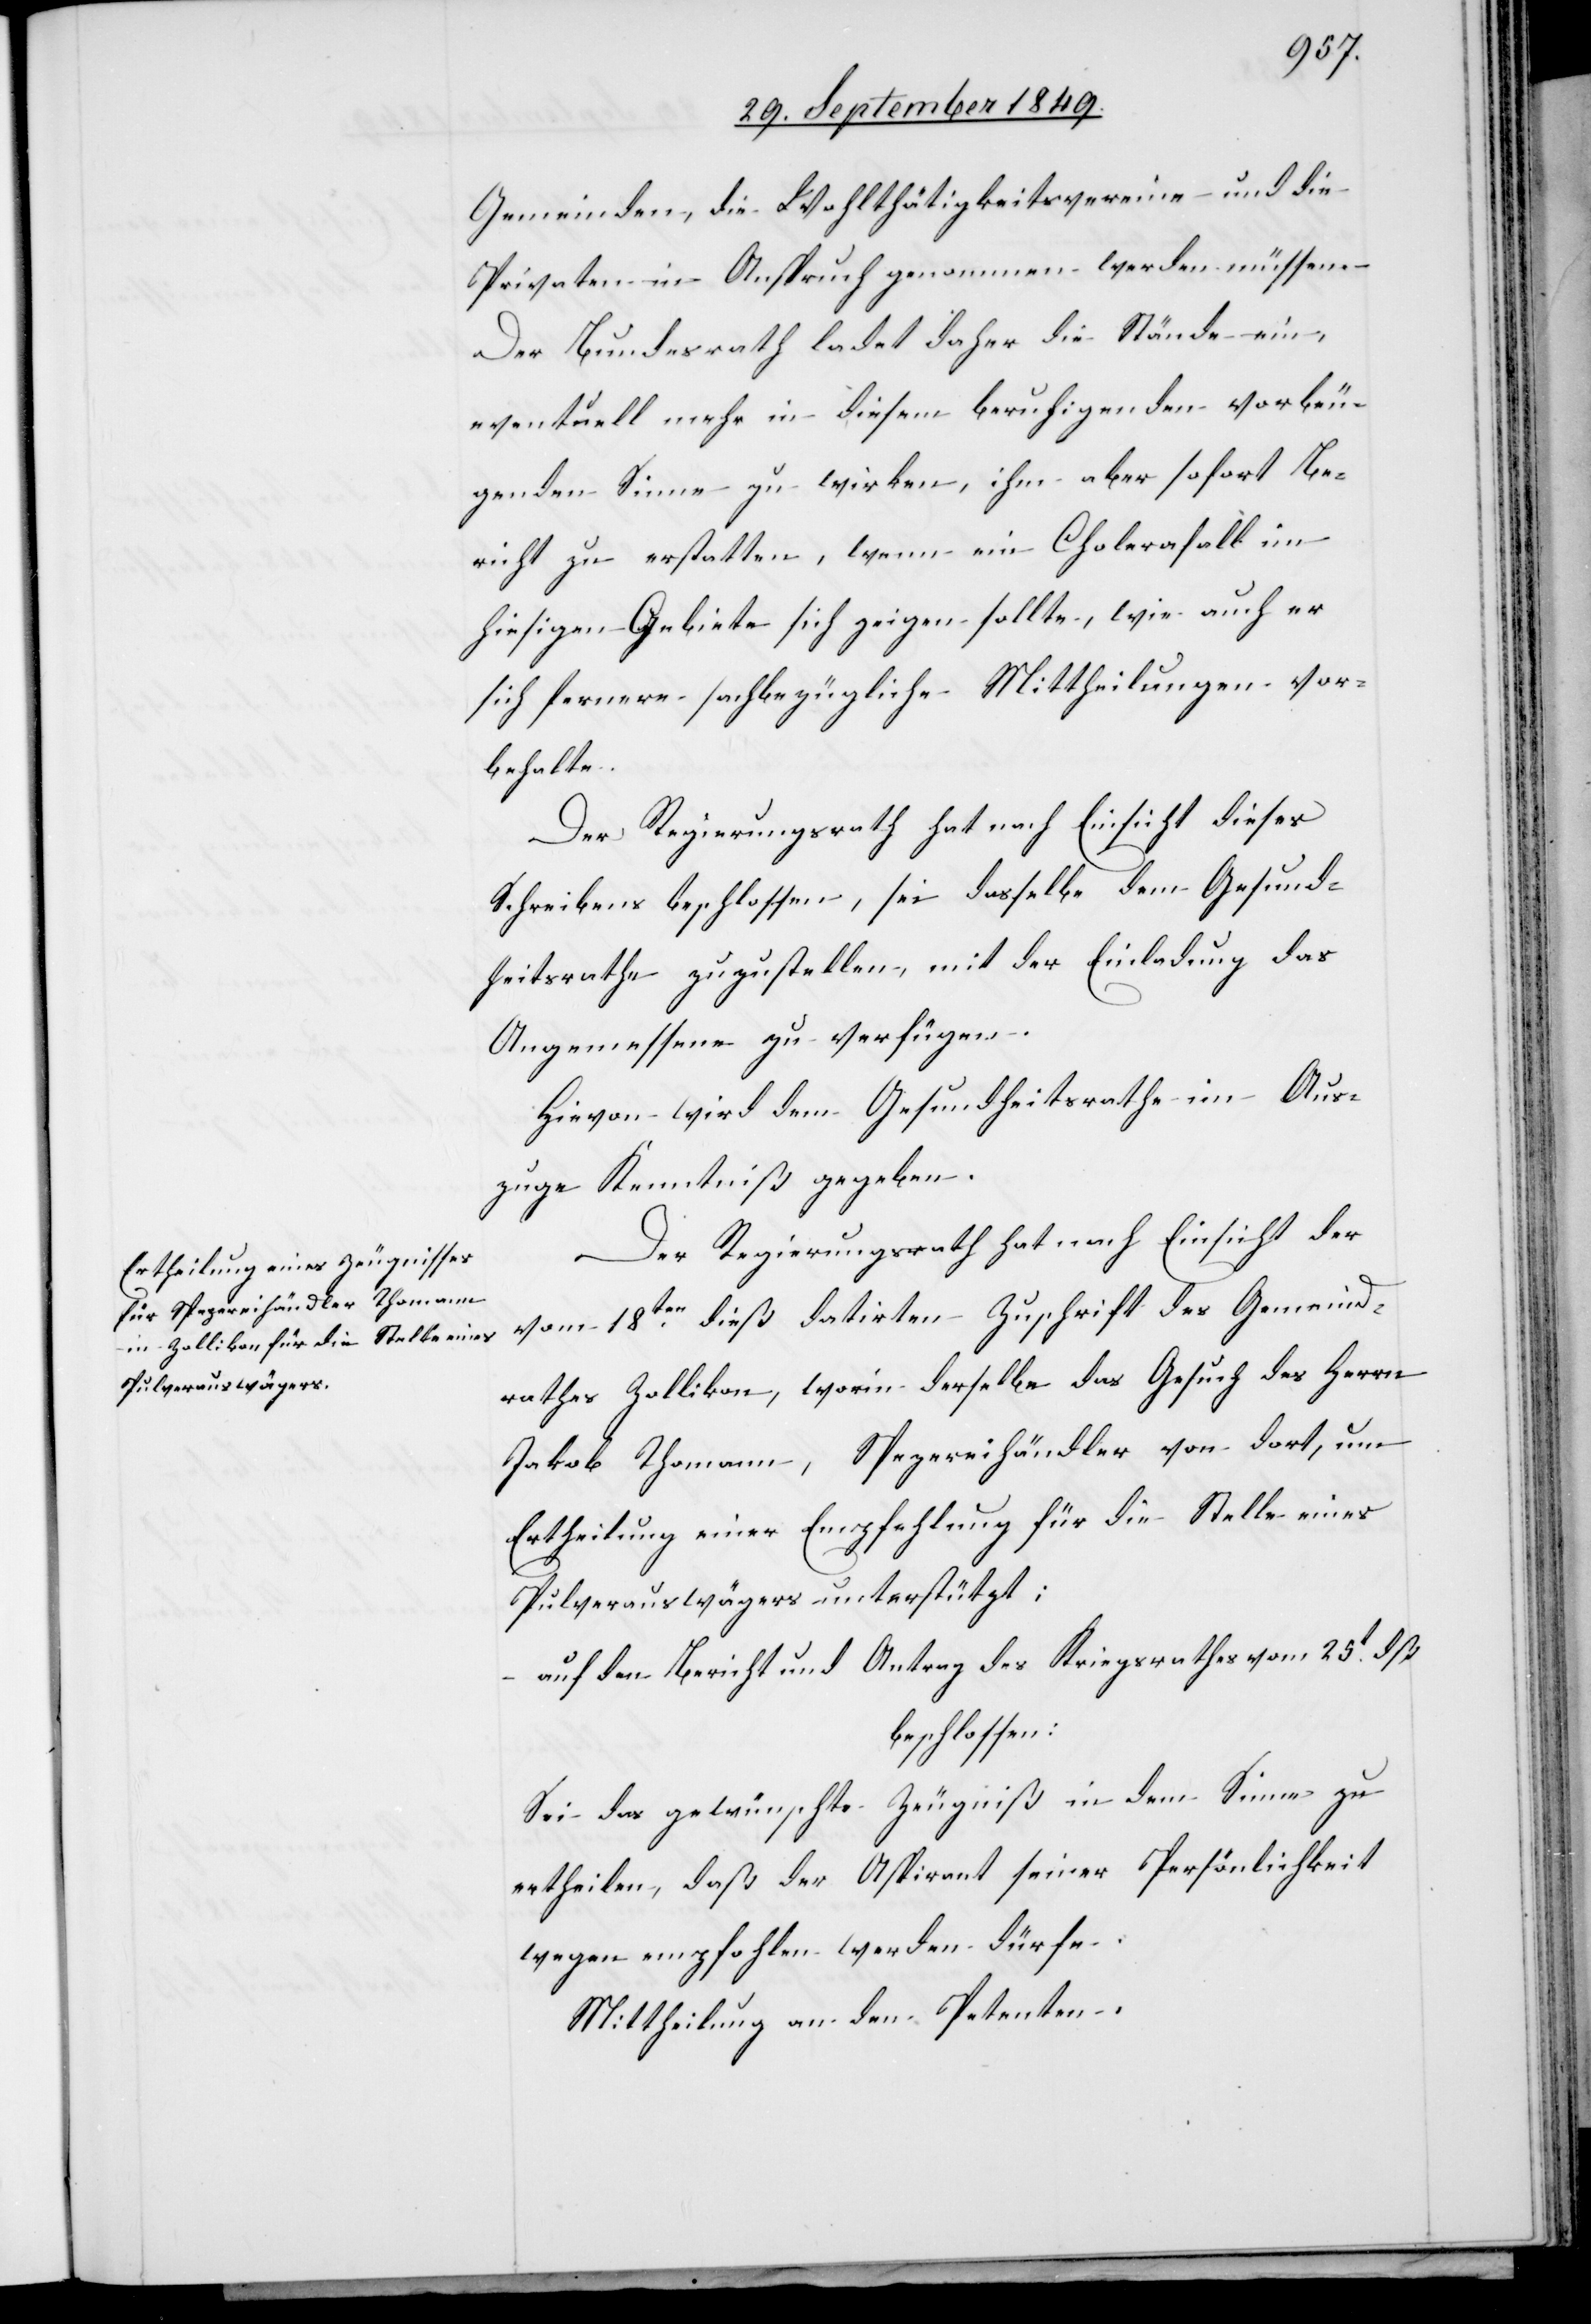
Gemeinden, die Wohlthätigkeitsvereine und die
Privaten in Anspruch genommen werden müssen.
Der Bundesrath ladet daher die Stände ein,
eventuell mehr in diesem beruhigenden vorbeu¬
genden Sinne zu wirken, ihm aber sofort Be¬
richt zu erstatten, wenn ein Cholerafall im
hiesigen Gebiete sich zeigen sollte, wie auch er
sich fernere sachbezügliche Mittheilungen vor¬
behalte.
Der Regierungsrath hat nach Einsicht dieses
Schreibens beschlossen, sei dasselbe dem Gesund¬
heitsrathe zuzustellen, mit der Einladung das
Angemessene zu verfügen.
Hievon wird dem Gesundheitsrathe im Aus¬
zuge Kenntniß gegeben.
Der Regierungsrath hat nach Einsicht der
vom 18ten dieß datirten Zuschrift des Gemeind¬
rathes Zollikon, worin derselbe das Gesuch des Herrn
Jakob Thomann, Spezereihändler von dort, um
Ertheilung einer Empfehlung für die Stelle eines
Pulverauswägers unterstützt:
auf den Bericht und Antrag des Kriegsrathes vom 25t dß
beschlossen:
Sei das gewünschte Zeugniß in dem Sinne zu
ertheilen, daß der Aspirant seiner Persönlichkeit
wegen empfohlen werden dürfe.
Mittheilung an den Petenten.